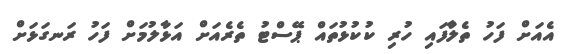
އެއަށް ފަހު ތެލުާފައި ހުރި ކުކުޅުތައް ޕޭސްޓު ތެރެއަށް އަޅާލުމަށް ފަހު ރަނގަޅަށް